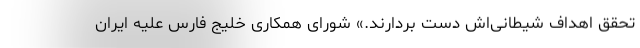
تحقق اهداف شیطانی‌اش دست بردارند.» شورای همکاری خلیج فارس علیه ایران